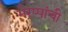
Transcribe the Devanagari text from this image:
भैरप्पांची